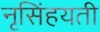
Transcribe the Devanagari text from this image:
नृसिंहयती